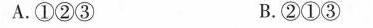
A.①②③ B.②①③